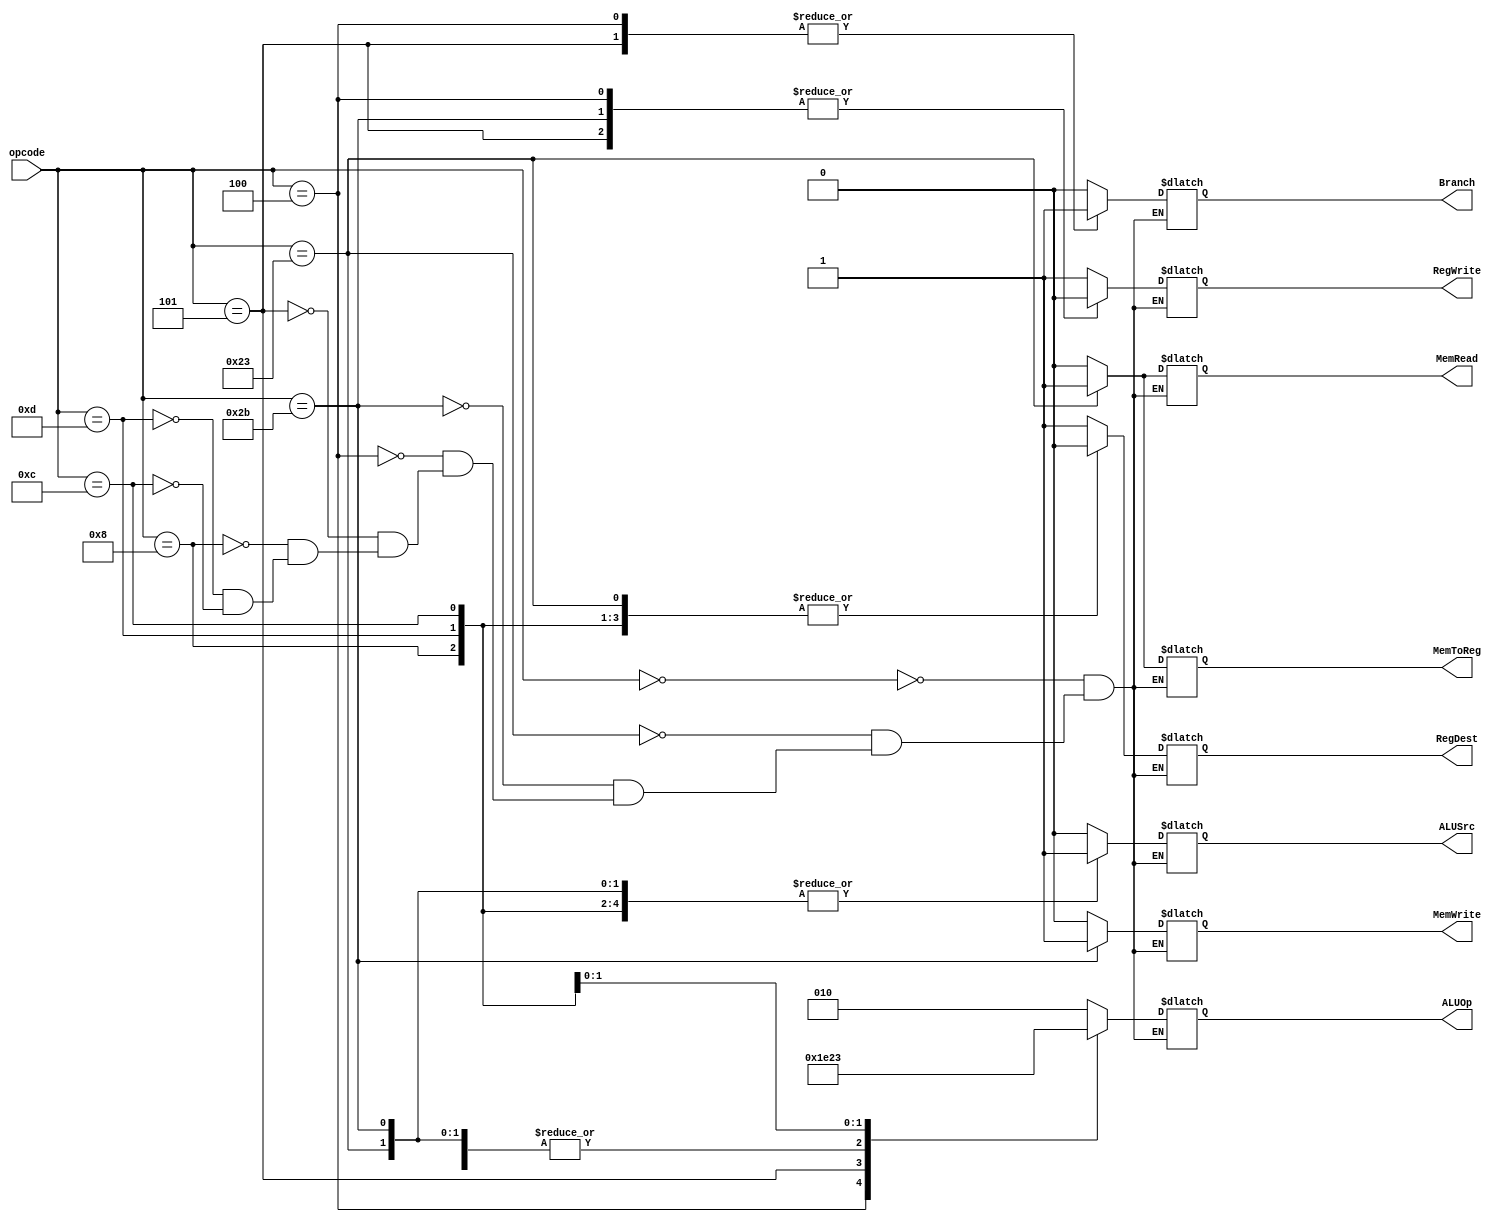
module Control(opcode, RegWrite, MemToReg, MemRead, MemWrite, Branch, ALUSrc, RegDest, ALUOp);

input [5:0] opcode;
output RegWrite, MemToReg, MemRead, MemWrite, Branch, ALUSrc, RegDest;
output [2:0] ALUOp;
reg RegWrite, MemToReg, MemRead, MemWrite, Branch, ALUSrc, RegDest=0;
reg [2:0] ALUOp=0;

   parameter R = 6'd0;
    parameter LW = 6'd35;
    parameter SW = 6'd43;
    parameter BEQ  = 6'd4;
   parameter BNE  = 6'd5;
   parameter ORI  = 6'hD;
   parameter ANDI = 6'hC;
   parameter ADDI = 6'h8;


always@(opcode)
begin
case(opcode)

R:
begin 
RegDest=1'b1;
ALUSrc=1'b0;
MemToReg=1'b0;
RegWrite=1'b1;
MemRead=1'b0;
MemWrite=1'b0;
Branch=1'b0;
ALUOp = 3'b010; 
end

LW:
begin 
RegDest=1'b0;
ALUSrc=1'b1;
MemToReg=1'b1;
RegWrite=1'b1;
MemRead=1'b1;
MemWrite=1'b0;
Branch=1'b0;
ALUOp = 3'b000; 
end

SW:
begin 
RegDest=1'bx;
ALUSrc=1'b1;
MemToReg=1'bx;
RegWrite=1'b0;
MemRead=1'b0;
MemWrite=1'b1;
Branch=1'b0;
ALUOp = 3'b000; 
end

BEQ:
begin 
RegDest=1'bx;
ALUSrc=1'b0;
MemToReg=1'bx;
RegWrite=1'b0;
MemRead=1'b0;
MemWrite=1'b0;
Branch=1'b1;
ALUOp = 3'b001; 
end

BNE:
begin 
RegDest=1'bx;
ALUSrc=1'b0;
MemToReg=1'bx;
RegWrite=1'b0;
MemRead=1'b0;
MemWrite=1'b0;
Branch=1'b1;
ALUOp = 3'b111; 
end

ADDI:
begin 
RegDest=1'b0;
ALUSrc=1'b1;
MemToReg=1'b0;
RegWrite=1'b1;
MemRead=1'b0;
MemWrite=1'b0;
Branch=1'b0;
ALUOp = 3'b000; 
end

ORI:
begin 
RegDest=1'b0;
ALUSrc=1'b1;
MemToReg=1'b0;
RegWrite=1'b1;
MemRead=1'b0;
MemWrite=1'b0;
Branch=1'b0;
ALUOp = 3'b100; 
end

ANDI:
begin 
RegDest=1'b0;
ALUSrc=1'b1;
MemToReg=1'b0;
RegWrite=1'b1;
MemRead=1'b0;
MemWrite=1'b0;
Branch=1'b0;
ALUOp = 3'b011; 
end

endcase
end

endmodule